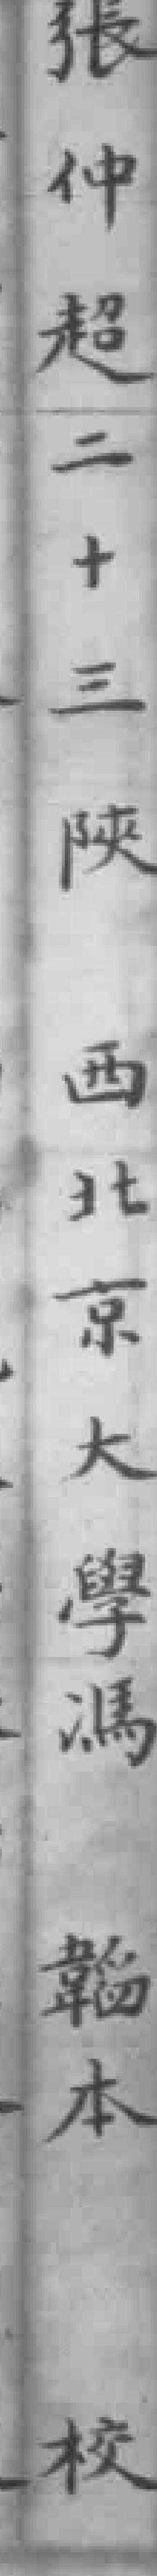
張仲超二十三陕西北京大學馮韜本校